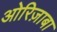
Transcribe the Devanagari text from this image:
ओरिज़ाबा